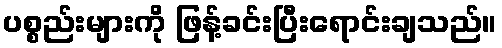
ပစ္စည်းများကို ဖြန့်ခင်းပြီးရောင်းချသည်။